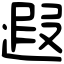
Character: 遐